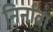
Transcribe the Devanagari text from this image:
निर्नावा